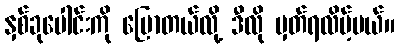
နှစ်ခုပေါင်းကို ပြောတယ်လို့ ဒီလို မှတ်ရလိမ့်မယ်။